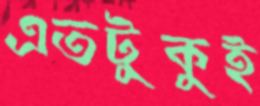
এতটুকুই